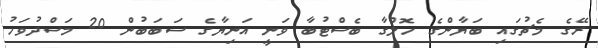
ރޭގެ މެޗުގައި ބަޔާންގެ ހޮލްގާ ބެސްޓުބާ ވަނީ އަނިޔާގެ ސަބަބުން 20 މަސްދުވަހު